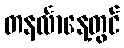
တနင်္လာနေ့တွင်